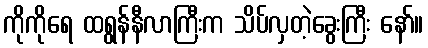
ကိုကိုရေ ထရွန်နီလာကြီးက သိပ်လှတဲ့ခွေးကြီး နော်။